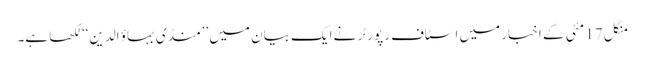
منگل 17 مئی کے اخبار میں اسٹاف رپورٹر نے ایک بیان میں ’’منڈی بہاؤ الدین‘‘ لکھا ہے۔